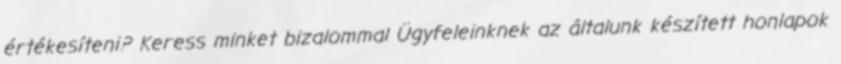
értékesíteni? Keress minket bizalommal Ügyfeleinknek az általunk készített honlapok